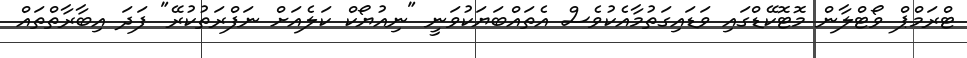
ޓްރަމްޕް ވޯޓްލާން މޮޓޮކޭޑްގައި ވަޑައިގަތުމާއެކުވެސް އެތައްބަޔަކުވަނީ "ނިއުޔޯކް ކަލެއަށް ނަފްރަތުކުރޭ" ފަދަ އިބާރާތްތައް